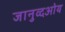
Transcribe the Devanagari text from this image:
जानुव्दओय